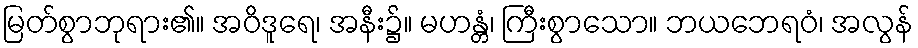
မြတ်စွာဘုရား၏။ အဝိဒူရေ၊ အနီး၌။ မဟန္တံ၊ ကြီးစွာသော။ ဘယဘေရဝံ၊ အလွန်